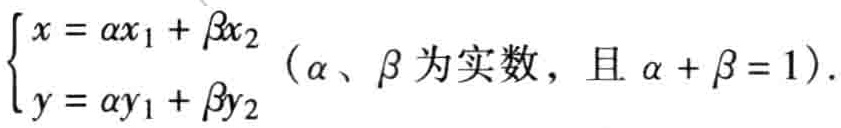
$\begin{cases}

x = \alpha x_{1}+\beta x_{2}\\

y = \alpha y_{1}+\beta y_{2}

\end{cases}(\alpha、\beta\text{ 为实数，且 }\alpha+\beta = 1).$